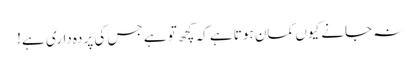
نہ جانے کیوں گمان ہوتا ہے کہ کچھ تو ہے جس کی پردہ داری ہے!